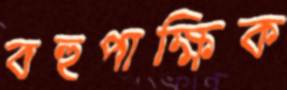
বহুপাক্ষিক